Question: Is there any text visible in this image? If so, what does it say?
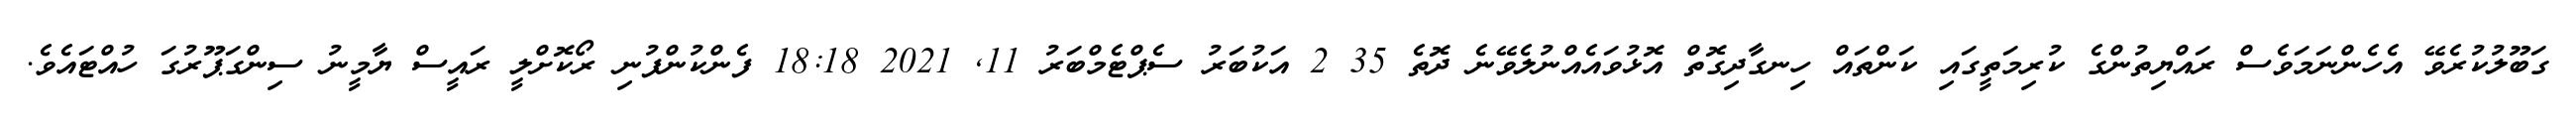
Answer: ގަބޫލުކުރެވޭ އެހެންނަމަވެސް ރައްޔިތުންގެ ކުރިމަތީގައި ކަންތައް ހިނގާދިގޮތް އޮޅުވައެއްނުލެވޭނެ ދޮތެ 35 2 އަކުބަރު ސެޕްޓެމްބަރު 11, 2021 18:18 ފެންކުންފުނި ރޯކޮށްލީ ރައީސް ޔާމީނު ސިންގަޕޫރުގަ ހުއްޓައެވެ.